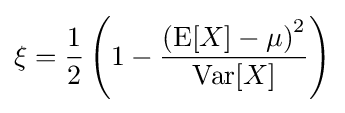
\xi ={\frac {1}{2}}\left(1-{\frac {\left(\operatorname {E} [X]-\mu \right)^{2}}{\operatorname {Var} [X]}}\right)